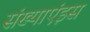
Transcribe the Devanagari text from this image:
संख्याएंइस